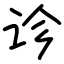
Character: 诊